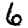
Digit: 6